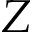
Z